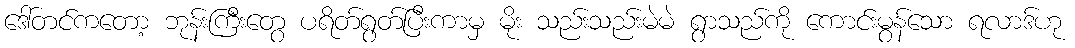
ဒေါ်တင်ကတော့ ဘုန်းကြီးတွေ ပရိတ်ရွတ်ပြီးကာမှ မိုး သည်းသည်းမဲမဲ ရွာသည်ကို ကောင်းမွန်သော ရလာဒ်ဟု